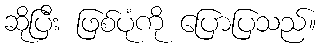
ဆိုပြီး ဖြစ်ပုံကို ပြောပြသည်။